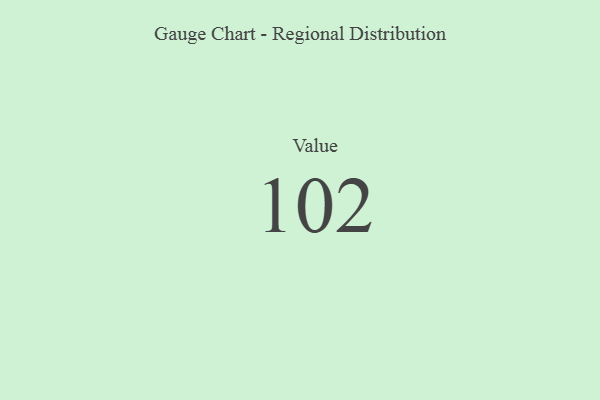
{"axis": {"x": "Metric", "y": "Value"}, "legend": [""], "data": [{"x": "Value", "y": 102, "type": ""}]}